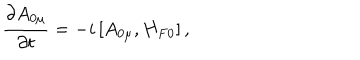
\frac { \partial A _ { 0 \mu } } { \partial t } = - i \left[ A _ { 0 \mu } , H _ { F 0 } \right] ,